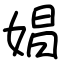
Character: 娼